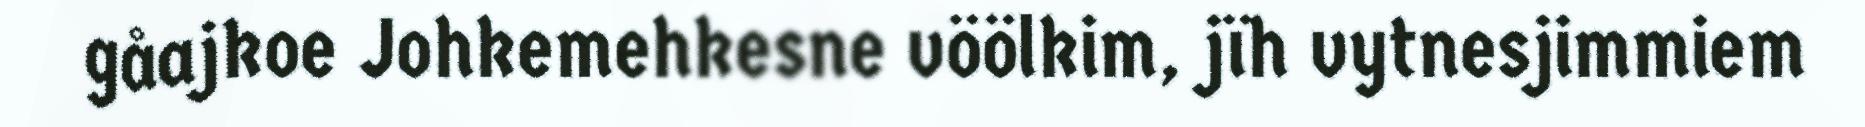
gåajkoe Johkemehkesne vöölkim, jïh vytnesjimmiem